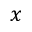
x